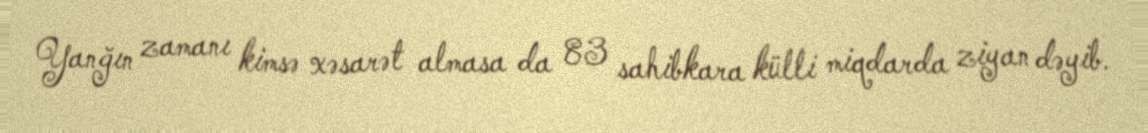
Yanğın zamanı kimsə xəsarət almasa da 83 sahibkara külli miqdarda ziyan dəyib.